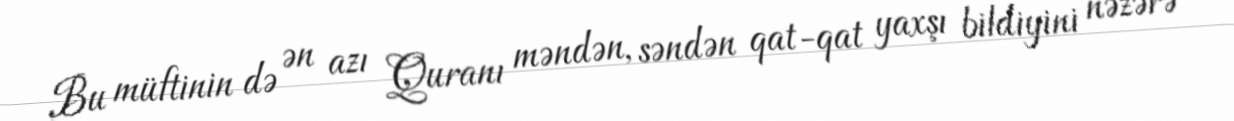
Bu müftinin də ən azı Quranı məndən, səndən qat-qat yaxşı bildiyini nəzərə